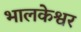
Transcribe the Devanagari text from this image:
भालकेश्वर